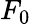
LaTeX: F_{0}